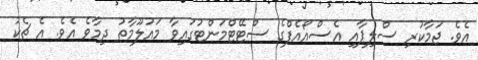
އެވެ. ޖަމާކުރި ސްލިޕާއި އެސްއޯއެފްގެ ސްޓޭޓްމަންޓުގައިވާ މައުލޫމާތު ދިމާވެ އެވެ. އެ ޗެކު